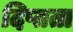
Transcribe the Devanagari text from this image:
दिप्तता